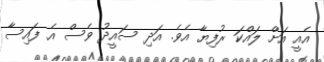
އެއީ އަށް ލައްކަ ރުފިޔާ އެވެ. އަދި ސައީދު ވެސް އެ ފައިސާ